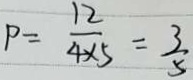
P = \frac { 1 2 } { 4 \times 5 } = \frac { 3 } { 5 }